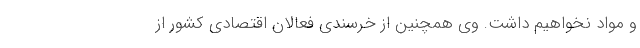
و‌ مواد نخواهیم داشت. وی همچنین از خرسندی فعالان اقتصادی کشور از